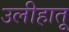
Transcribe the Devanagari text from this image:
उलीहातू